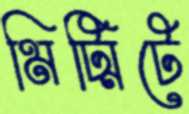
মিট্‌মিটে